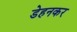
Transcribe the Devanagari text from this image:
डेहनकर